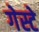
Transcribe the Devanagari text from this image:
गेस्टे